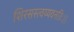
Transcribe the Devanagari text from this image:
शिरसस्त्वय्यवनतिः।।